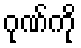
ဂုဏ်ကို